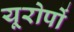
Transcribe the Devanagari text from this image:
यूरोपों